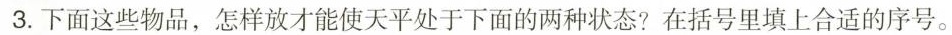
3.下面这些物品，怎样放才能使天平处于下面的两种状态？在括号里填上合适的序号。